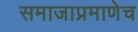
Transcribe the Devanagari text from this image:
समाजाप्रमाणेच